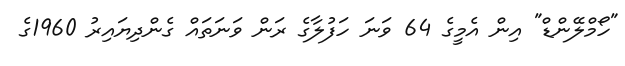
"ހޯމްލޭންޑް" އިން އެމީގެ 64 ވަނަ ހަފުލާގެ ރަން ވަނަތައް ގެންދިޔައިރު 1960ގެ